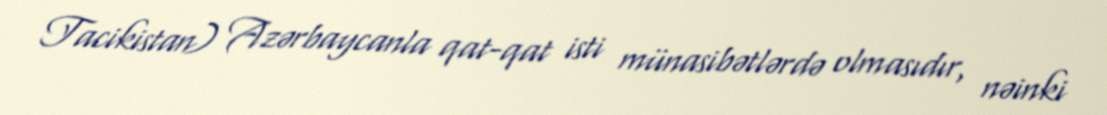
Tacikistan) Azərbaycanla qat-qat isti münasibətlərdə olmasıdır, nəinki